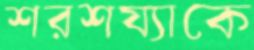
শরশয্যাকে